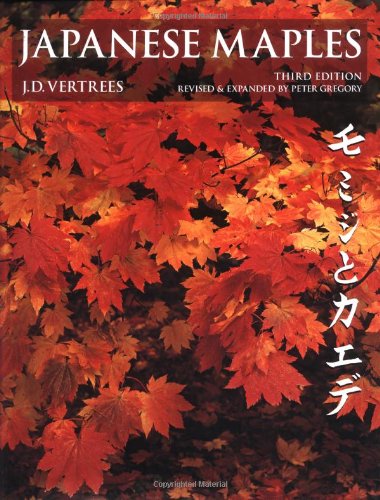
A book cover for Japanese Maples: Momiji and Keade; J. D. Vertrees; Crafts, Hobbies & Home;